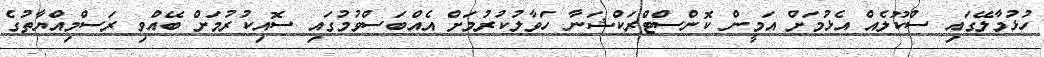
ހުޅުމާލޭގައި ސްކޫލެއް އެޅުމަށް އަމީން ކޮންސްޓްރަކްޝަނާ ހަވާލުކުރުމަށް އެއްބަސްވުމުގައި ސޮއިކުރުމަށް ބޭއްވި ރަސްމިއްޔާތުގެ